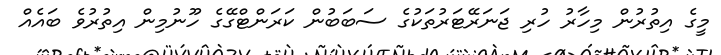
މީގެ އިތުރުން މިހާރު ހުރި ޖަނަރޭޓަރުތަކުގެ ސަބަބުން ކަރަންޓްގޭގެ ހޫނުމިން އިތުރުވެ ބައެއް